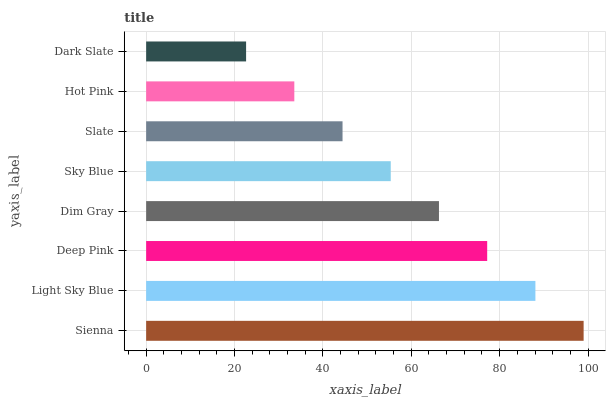
| yaxis_label | bars |
 | --- | --- |
 | Sienna | 99 |
 | Light Sky Blue | 88.1 |
 | Deep Pink | 77.2 |
 | Dim Gray | 66.3 |
 | Sky Blue | 55.4 |
 | Slate | 44.4 |
 | Hot Pink | 33.5 |
 | Dark Slate | 22.6 |